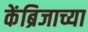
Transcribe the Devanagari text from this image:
केंब्रिजाच्या